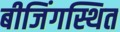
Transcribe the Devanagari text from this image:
बीजिंगस्थित